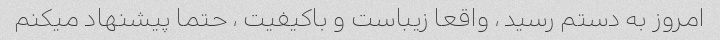
امروز به دستم رسید ، واقعا زیباست و باکیفیت ، حتما پیشنهاد میکنم